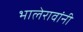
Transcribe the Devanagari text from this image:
भालेरावांनी